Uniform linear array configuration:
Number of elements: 8
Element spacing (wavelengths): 0.75
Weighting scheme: cosine
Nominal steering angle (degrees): -45
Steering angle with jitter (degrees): -46.674
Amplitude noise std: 0.05
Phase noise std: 0.05

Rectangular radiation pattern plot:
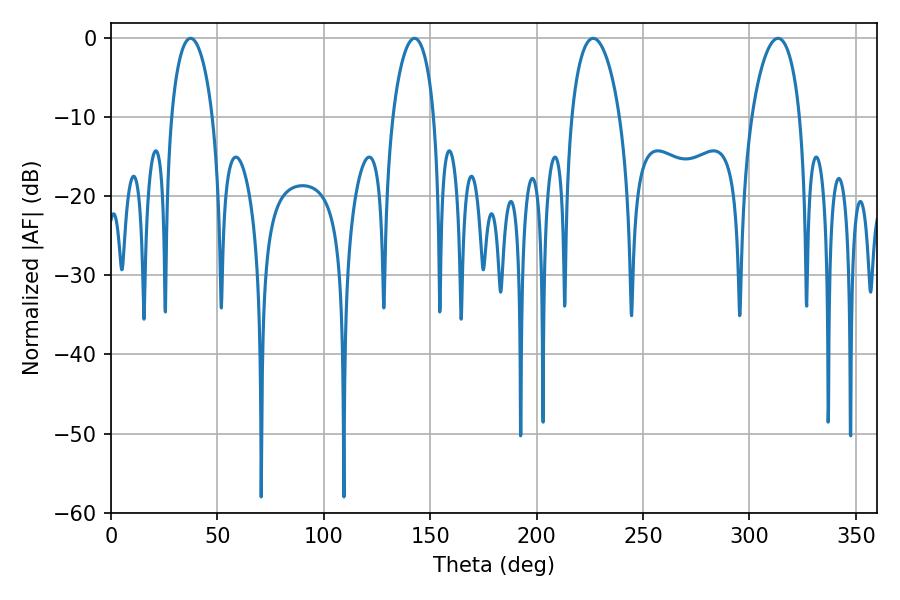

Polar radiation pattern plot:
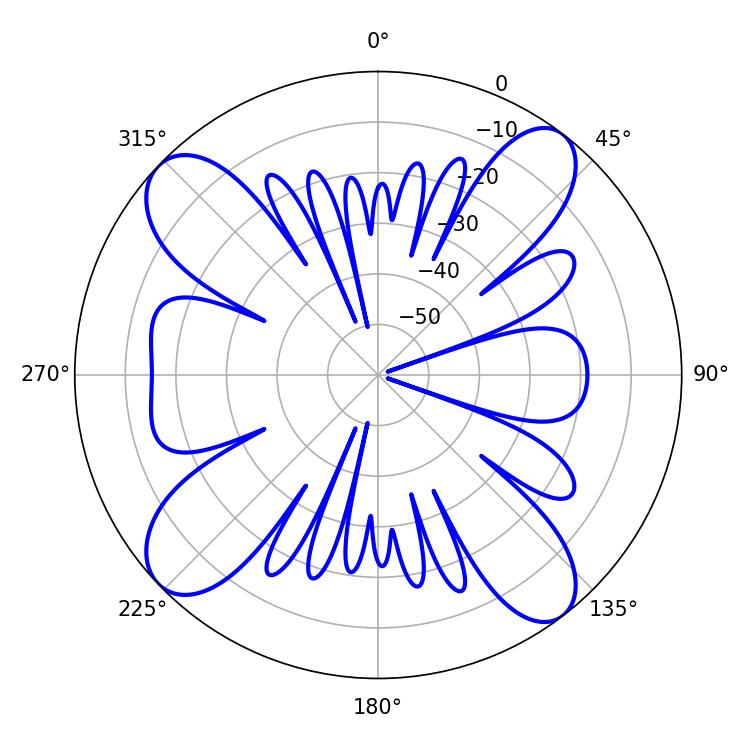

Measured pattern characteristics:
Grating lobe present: TRUE
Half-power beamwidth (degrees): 12.96
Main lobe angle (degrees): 226.62